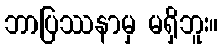
ဘာပြဿနာမှ မရှိဘူး။